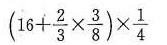
$$( 1 6 + \frac { 2 } { 3 } \times \frac { 3 } { 8 } ) \times \frac { 1 } { 4 }$$